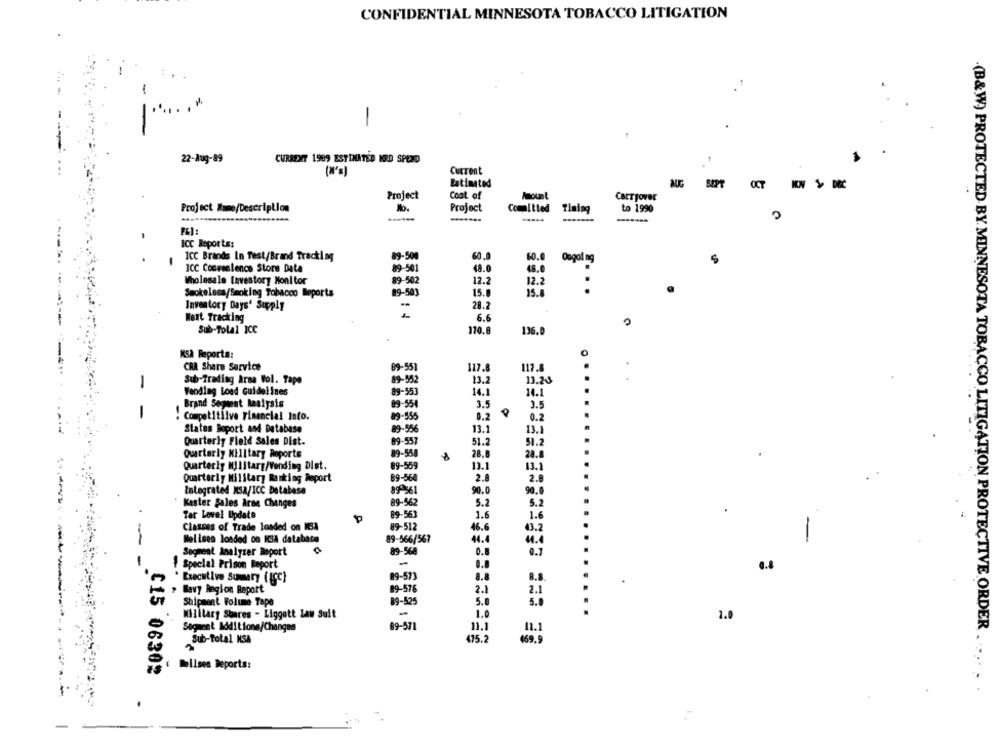
CONFIDENTIAL MINNESOTA TOBACCO LITIGATION
:..
-
.......
-
22-Aug-89
CURRENT 1989 ESTIMATED MRD SPEND
Current
Estimated
AUG
SEPT
OCT
NOV - DEC
Project
Cost of
Amount
Carryover
Project Name/Description
No.
Project
Committed Timing
to 1990
-------
-....
P&1:
Icc Reports:
89-500
ICC Brands In Test/Brand Tracking
60.0
Ongoing
5
ICC Convenience Store Data
89-501
48.0
48.0
Wholesale Lovestory Monitor
89-502
12.2
12.2
Smokeless/Smoking Tobacco Reports
89-503
15.
15.8
Inventory Days' Supply
28.2
=
Next Tracking
6.6
Sub-Total ICC
170.8
136.
KSA Reporta:
CRA Share Service
09-551
117.
117.8
Sub-Trading Arsa Wol. Tape
89-552
13.2
13.20
1
Wending Load Guidelines
89-553
14.1
14.1
Brand Segment Raalysis
89-554
3.
3.5
1
9
:Competitive Financial Into.
89-555
0.2
0.2
89-556
States Boport and Database
13.1
13.1
Quarterly Field Sales Dist.
89-557
51.2
51.2
Quarterly Military Roports
89-558
28.8
28.8
Quarterly Military/Vending Dist.
89-559
13.1
13.1
Quarterly Military Ranking Report
89-56
2.8
2.8
integrated MSA/ICC Database
89-561
90.0
90.0
89-562
5.2
5.2
Kaster Sales Aree Changes
Tar Level Update
89-563
1.6
1.6
89-512
Classes of Trade loaded on MSA
46.6
43.2
Melises loaded o0 KSA database
89-566/567
44.4
Sogment Analyzer Report
89-568
0.8
0.7
-
1 Special Prison Report
0.8
89-57
8.8
8.8
Executive Summary ( ICC)
, Mavy Region Report
89-578
2.1
2.1
89-525
5.0
Shipment Volume Tape
5.0
Military Shares - Liggott Law Suit
-
1.
1.0
Segment Additione/Changes
89-571
11.
(B&W) PROTECTED BY. MINNESOTA TOBACCO LITIGATION PROTECTIVE ORDER
475.2
Sub-Total KSA
169.
bilsen Deports:
C15 06302
-